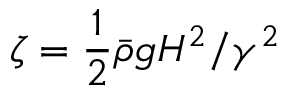
\zeta = \frac { 1 } { 2 } \bar { \rho } g H ^ { 2 } / \gamma ^ { 2 }